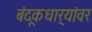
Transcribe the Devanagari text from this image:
बंदूकधार्‍यांवर